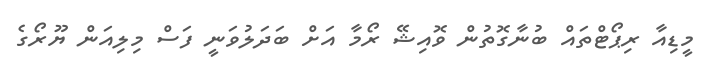
މީޑިއާ ރިޕޯޓްތައް ބުނާގޮތުން ވޮއިޝޭ ރޯމާ އަށް ބަދަލުވަނީ ފަސް މިލިއަން ޔޫރޯގެ